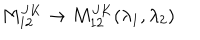
LaTeX: M _ { 1 2 } ^ { J K } \rightarrow M _ { 1 2 } ^ { J K } ( \lambda _ { 1 } , \lambda _ { 2 } )